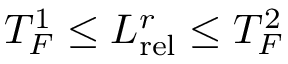
T _ { F } ^ { 1 } \leq L _ { \mathrm { r e l } } ^ { r } \leq T _ { F } ^ { 2 }